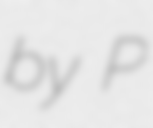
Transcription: by P